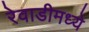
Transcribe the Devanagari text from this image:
रेवाडीमध्ये